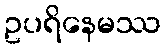
ဥပရိနေမဿ